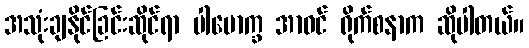
အသုံးချနိုင်ခြင်းဆိုင်ရာ ပါမောက္ခ အာဝင် ရိုက်စနာက ဆိုပါတယ်။